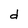
Character: d